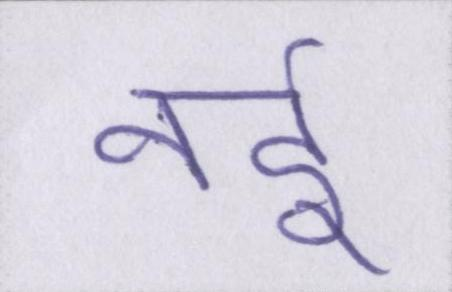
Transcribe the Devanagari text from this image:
नर्इ